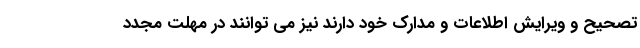
تصحیح و ویرایش اطلاعات و مدارک خود دارند نیز می توانند در مهلت مجدد